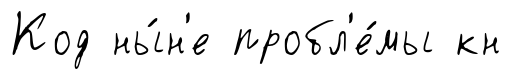
Код ны́н'е пробл'е́мы кн